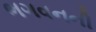
ભગવનની